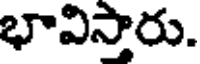
భావిస్తారు.